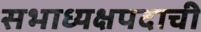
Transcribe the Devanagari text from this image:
सभाध्यक्षपदाची